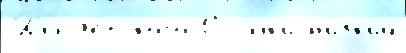
Дл'я д'е́тского Ссы́лк'и н'и́зк'ий